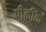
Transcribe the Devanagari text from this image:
पीळींक